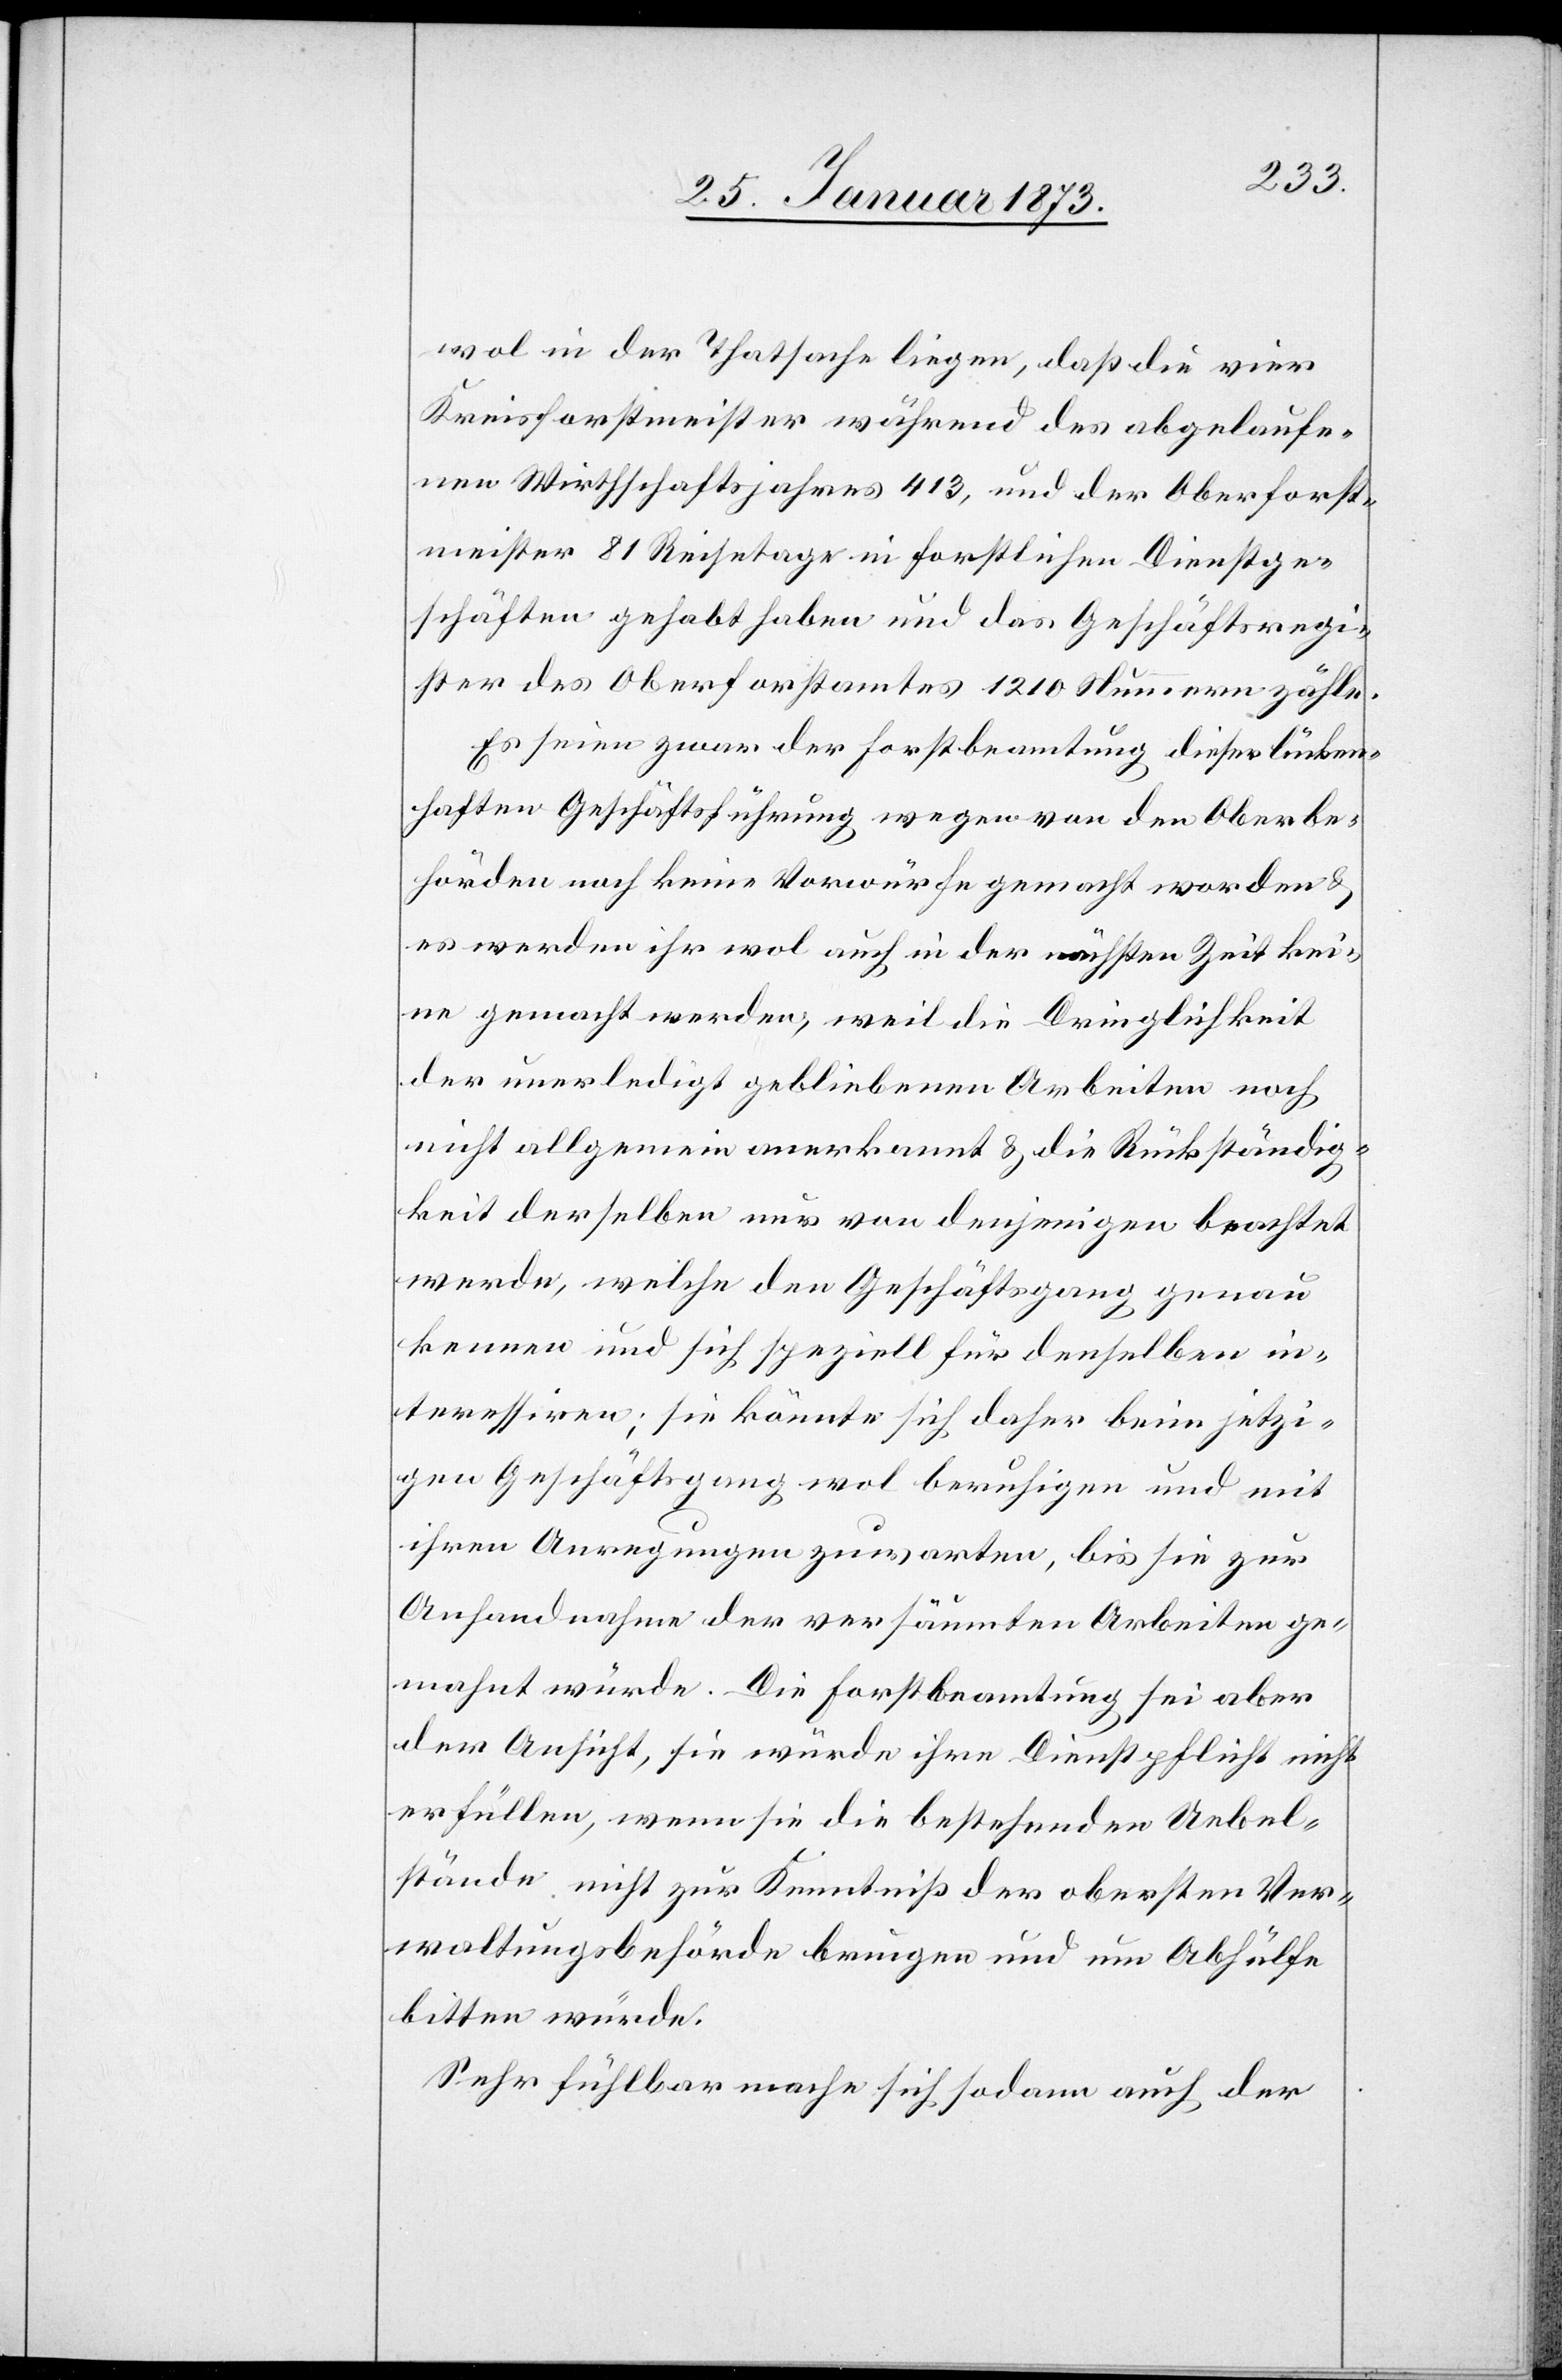
wol in der Thatsache liegen, daß die vier
Kreisforstmeister während des abgelaufe¬
nen Wirthschaftsjahres 413, und der Oberforst¬
meister 81 Reisetage in forstlichen Dienstge¬
schäften gehabt haben und das Geschäftsregi¬
ster des Oberforstamtes 1210 Nummern zähle.
Es seien zwar der Forstbeamtung dieser lücken¬
haften Geschäftsführung wegen von den Oberbe¬
hörden noch keine Vorwürfe gemacht worden u.
es werden ihr wol auch in der nächsten Zeit kei¬
ne gemacht werden, weil die Dringlichkeit
der unerledigt gebliebenen Arbeiten noch
nicht allgemein anerkannt u. die Rückständig¬
keit derselben nur von denjenigen beachtet
werde, welche den Geschäftsgang genau
kennen und sich speziell für denselben in¬
teressiren; sie könnte sich daher beim jetzi¬
gen Geschäftsgang wol beruhigen und mit
ihren Anregungen zuwarten, bis sie zur
Anhandnahme der versäumten Arbeiten ge¬
macht würde. Die Forstbeamtung sei aber
der Ansicht, sie würde ihre Dienstpflicht nicht
erfüllen, wenn sie die bestehenden Uebel¬
stände nicht zur Kenntniß der obersten Ver¬
waltungsbehörde bringen und um Abhülfe
bitten würde.
Sehr fühlbar mache sich sodann auch der